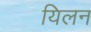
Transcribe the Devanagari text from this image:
यिलन